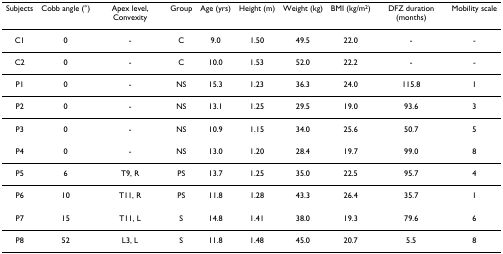
| Subjects | Cobb angle (°) | Apex level, Convexity | Group | Age (yrs) | Height (m) | Weight (kg) | BMI (kg/m2) | DFZ duration (months) | Mobility scale |
 | --- | --- | --- | --- | --- | --- | --- | --- | --- | --- |
 | C1 | 0 | - | C | 9.0 | 1.50 | 49.5 | 22.0 | - | - |
 | C2 | 0 | - | C | 10.0 | 1.53 | 52.0 | 22.2 | - | - |
 | P1 | 0 | - | NS | 15.3 | 1.23 | 36.3 | 24.0 | 115.8 | 1 |
 | P2 | 0 | - | NS | 13.1 | 1.25 | 29.5 | 19.0 | 93.6 | 3 |
 | P3 | 0 | - | NS | 10.9 | 1.15 | 34.0 | 25.6 | 50.7 | 5 |
 | P4 | 0 | - | NS | 13.0 | 1.20 | 28.4 | 19.7 | 99.0 | 8 |
 | P5 | 6 | T9, R | PS | 13.7 | 1.25 | 35.0 | 22.5 | 95.7 | 4 |
 | P6 | 10 | T11, R | PS | 11.8 | 1.28 | 43.3 | 26.4 | 35.7 | 1 |
 | P7 | 15 | T11, L | S | 14.8 | 1.41 | 38.0 | 19.3 | 79.6 | 6 |
 | P8 | 52 | L3, L | S | 11.8 | 1.48 | 45.0 | 20.7 | 5.5 | 8 |